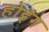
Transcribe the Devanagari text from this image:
होइंग